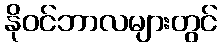
နိုဝင်ဘာလများတွင်